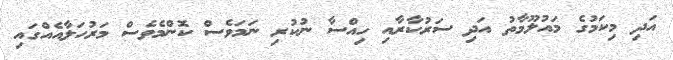
އަދި މިކަމުގެ މައުލޫމާތު އަދި ސަރުކާރާއި ހިއްސާ ނުކުރި ނަމަވެސް ކޮންމެވެސް މަރުހަލާއެއްގައި